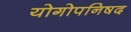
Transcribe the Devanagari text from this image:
योगोपनिषद